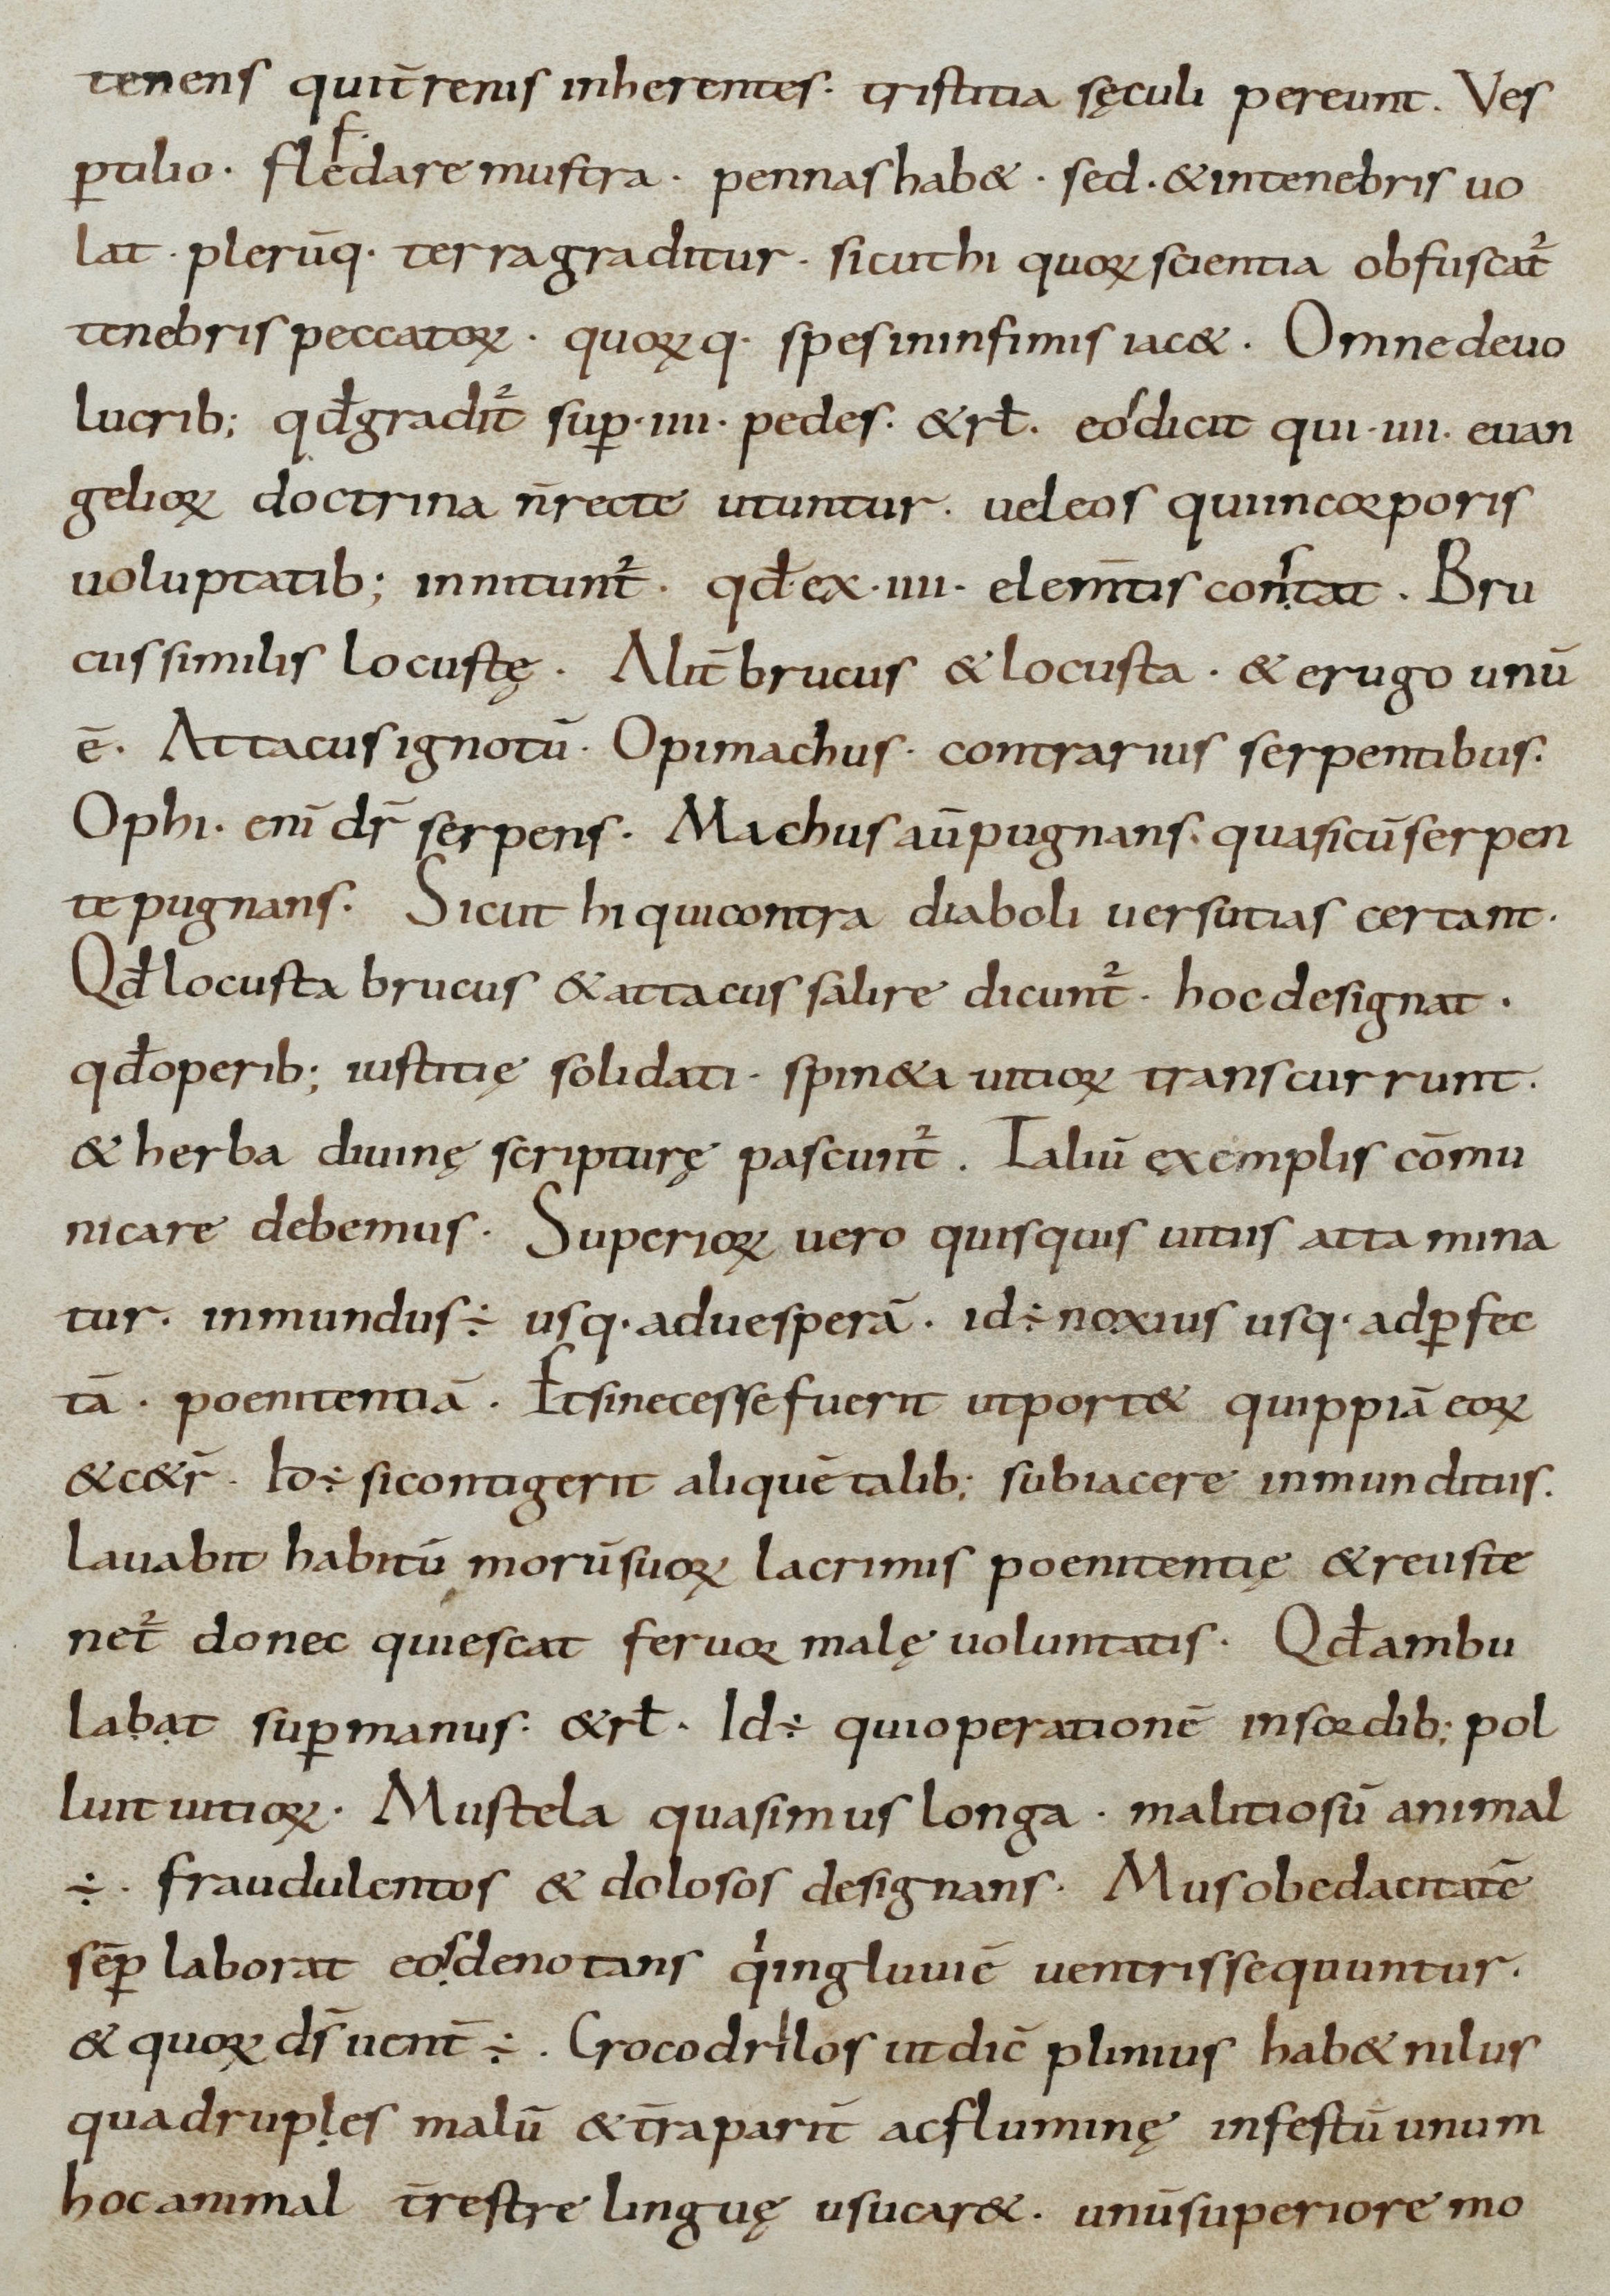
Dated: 800–899